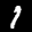
Label: 1